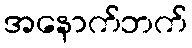
အနောက်ဘက်